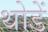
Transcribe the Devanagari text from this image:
थोडें